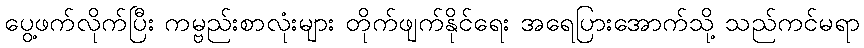
ပွေ့ဖက်လိုက်ပြီး ကမ္ဗည်းစာလုံးများ တိုက်ဖျက်နိုင်ရေး အရေပြားအောက်သို့ သည်ကင်မရာ